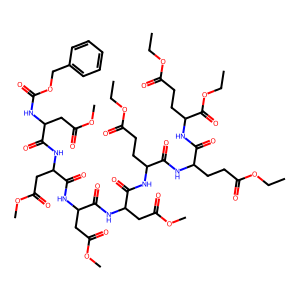
SMILES: CCOC(=O)CCC(NC(=O)C(CC(=O)OC)NC(=O)C(CC(=O)OC)NC(=O)C(CC(=O)OC)NC(=O)C(CC(=O)OC)NC(=O)OCc1ccccc1)C(=O)NC(CCC(=O)OCC)C(=O)NC(CCC(=O)OCC)C(=O)OCC
Inhibits HIV replication: No